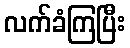
လက်ခံကြပြီး